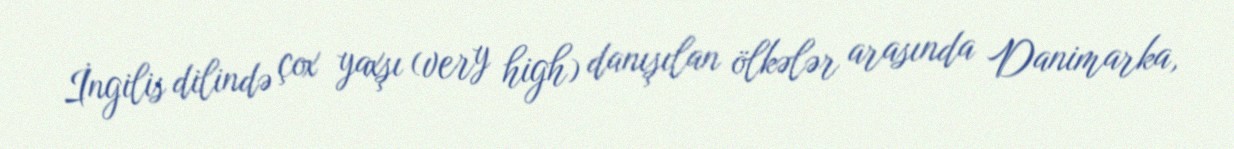
İngilis dilində çox yaxşı (very high) danışılan ölkələr arasında Danimarka,